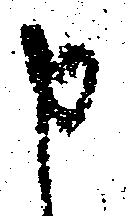
申